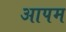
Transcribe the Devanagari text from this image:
आपम